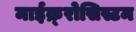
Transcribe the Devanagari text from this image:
माईक्र्रोसिस्टम